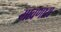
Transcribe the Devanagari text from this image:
मावणारा